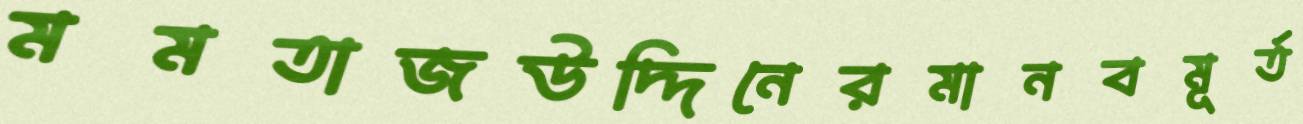
মমতাজউদ্দিনেরমানবমূর্ত